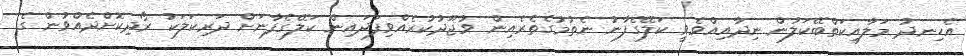
އެހިނދު މަލާއިކަތްބޭކަލުން ނިދާއިއްވެވީ ކަލޭގެފާނު ނެތުމުގެތެރެއިން ވުޖޫދުކުރެއްވިފަދައިން ކަލޭގެފާނަށް ދަރިކަލަކު ރޯދިކޮށްދެއްވުން ގެ